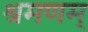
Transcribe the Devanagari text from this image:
श्रमणम्